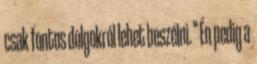
csak fontos dolgokról lehet beszélni. " Én pedig a